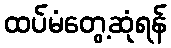
ထပ်မံတွေ့ဆုံရန်